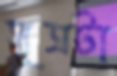
সূত্রটা